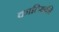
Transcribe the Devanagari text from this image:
काल्मिकी